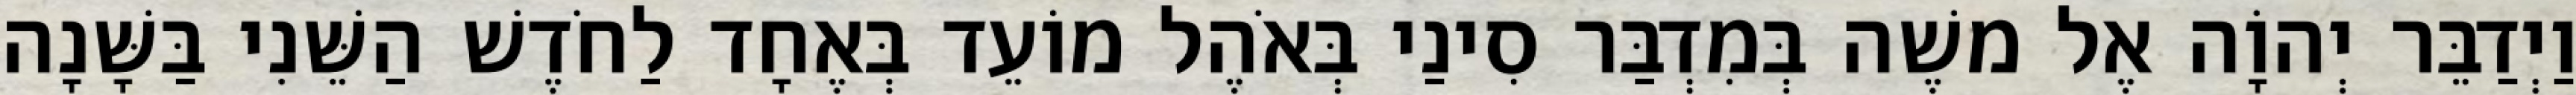
וַיְדַבֵּר יְהוָֹה אֶל משֶׁה בְּמִדְבַּר סִינַי בְּאֹהֶל מוֹעֵד בְּאֶחָד לַחֹדֶשׁ הַשֵּׁנִי בַּשָּׁנָה